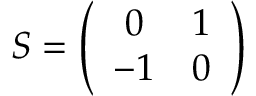
S = \left( \begin{array} { c c } { { 0 } } & { { 1 } } \\ { { - 1 } } & { { 0 } } \end{array} \right)